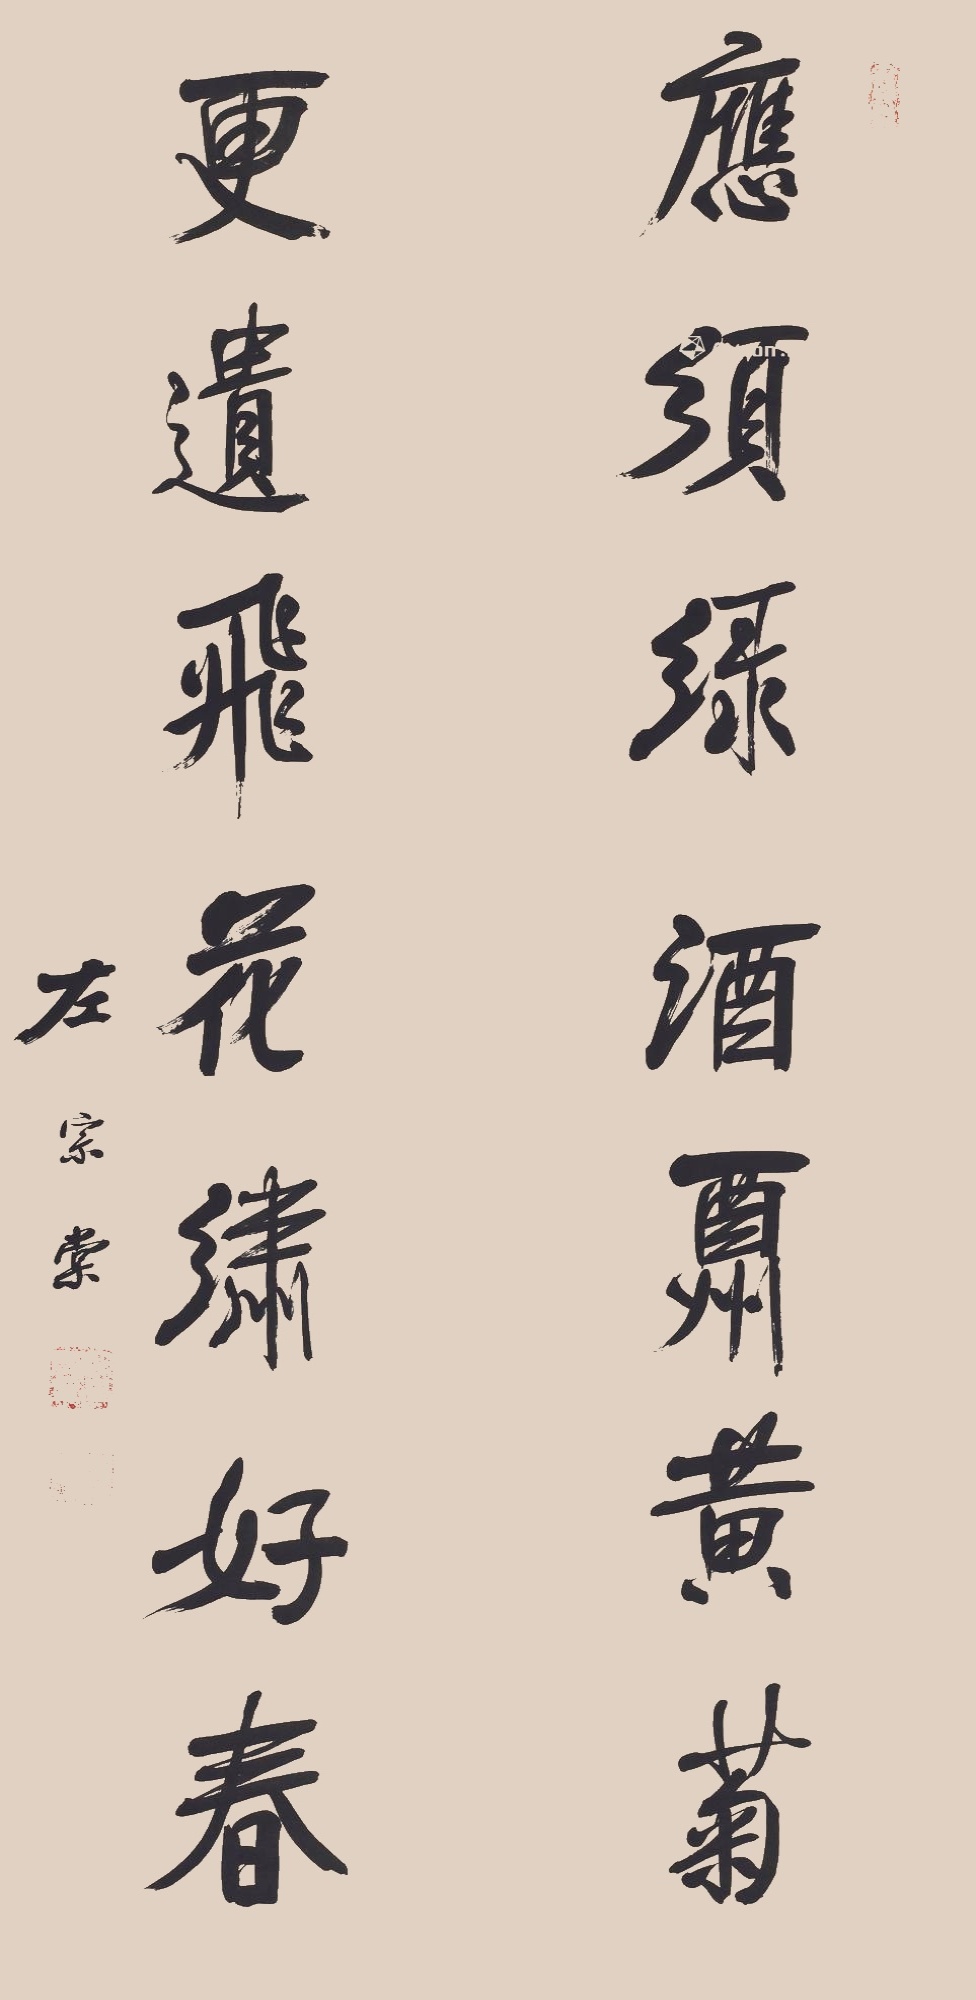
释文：应须绿酒酬黄菊，更遗飞花绣好春。左宗棠。